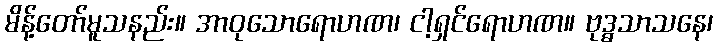
မိန့်တော်မူသနည်း။ အာဝုသောရောဟဏ၊ ငါ့ရှင်ရောဟဏ။ ဗုဒ္ဓသာသနေ၊